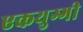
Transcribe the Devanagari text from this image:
एकयुग्गी